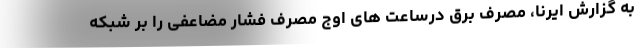
به گزارش ایرنا، مصرف برق درساعت های اوج مصرف فشار مضاعفی را بر شبکه